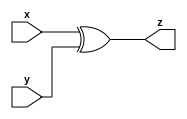
module gac_xor_gate_32 (x, y, z);
  input [31:0] x;
  input [31:0] y;
  output [31:0] z;
  
  assign z = (x^y) ;
  
  
endmodule